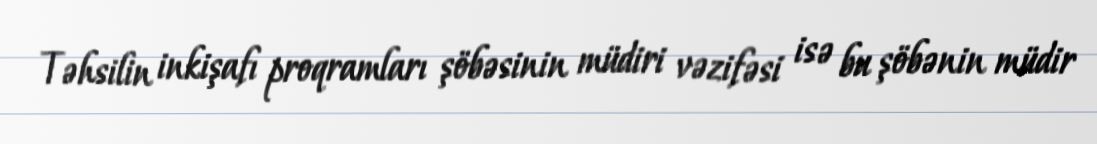
Təhsilin inkişafı proqramları şöbəsinin müdiri vəzifəsi isə bu şöbənin müdir